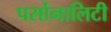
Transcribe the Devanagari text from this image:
पर्सोनालिटी